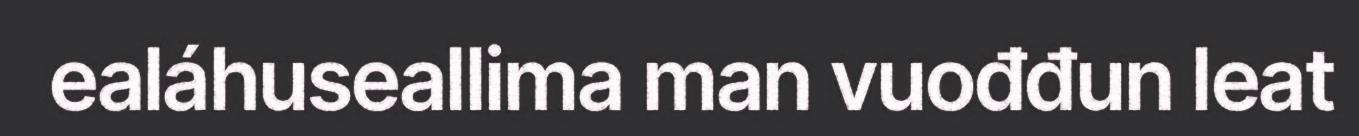
ealáhuseallima man vuođđun leat